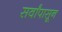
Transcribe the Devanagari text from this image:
सर्वांपासून